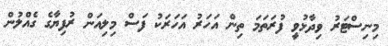
މިނިސްޓަރު ވިދާޅުވީ ފުރަތަމަ ތިން އަހަރު އަހަރަކު ފަސް މިލިއަން ރުފިޔާގެ ގެއްލުން